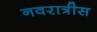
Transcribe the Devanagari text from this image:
नवरात्रीस